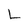
Character: L